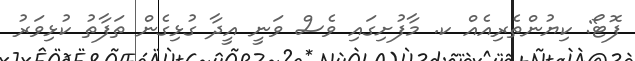
ފޮޓޯ: ކިޔުންތެރިއެއް ކ. މާފުށިގައި ވެސް ވަނީ އީދާ ގުޅިގެން ތަފާތު ކުޅިވަރު